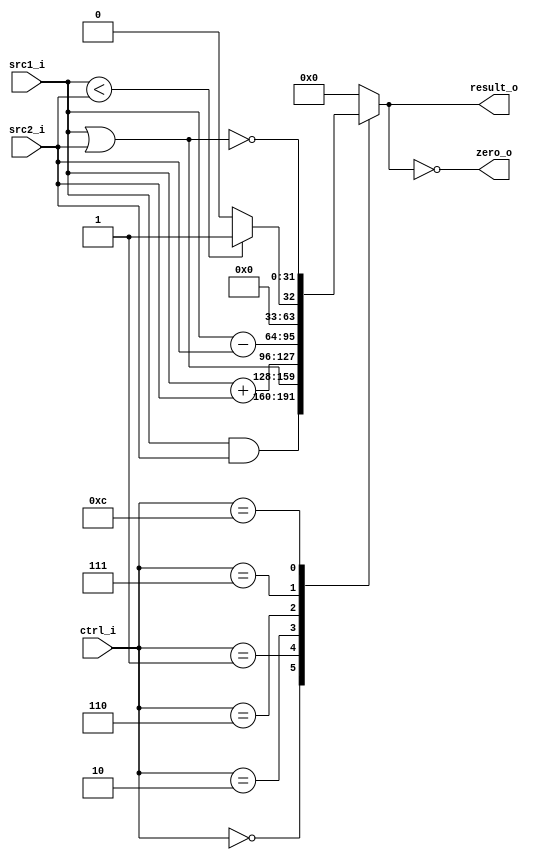
// 110550108
//Subject:     CO project 2 - ALU
//--------------------------------------------------------------------------------
//Version:     1
//--------------------------------------------------------------------------------
//Writer:      
//----------------------------------------------
//Date:        
//----------------------------------------------
//Description: 
//--------------------------------------------------------------------------------
`timescale 1ns/1ps
module ALU(
    src1_i,
	src2_i,
	ctrl_i,
	result_o,
	zero_o
	);

//I/O ports
input signed [32-1:0]  src1_i;
input signed [32-1:0]  src2_i;
input  [4-1:0]   ctrl_i;

output [32-1:0]	 result_o;
output           zero_o;

//Internal signals
reg    [32-1:0]  result_o;
wire             zero_o;

//Main function
assign zero_o = (result_o == 0);

always @(src1_i, src2_i, ctrl_i) begin
	case (ctrl_i)
		4'b0000: result_o <= src1_i & src2_i;
		4'b0001: result_o <= src1_i | src2_i;
		4'b0010: result_o <= src1_i + src2_i;
		4'b0110: result_o <= src1_i - src2_i;
		4'b0111: result_o <= src1_i < src2_i ? 1 : 0;
		4'b1100: result_o <= ~(src1_i | src2_i);	// nor
		default: result_o <= 0;
	endcase
end

endmodule